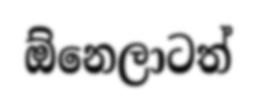
ඕනෙලාටත්